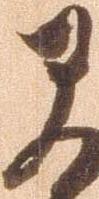
早